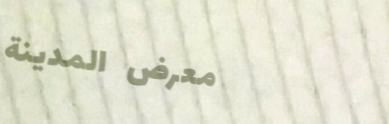
معرض المدينة